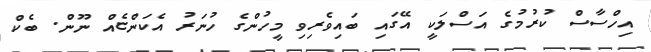
އިހްސާސް ކުރުމުގެ އަސްލަކީ އޭގައި ބައިވެރިވި މީހުންގެ ހުނަރު އެކަންޏެއް ނޫން. ބެކް